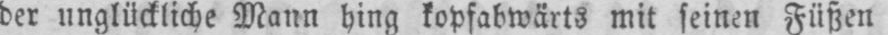
der unglückliche Mann hing kopfabwärts mit seinen Füßen